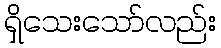
ရှိသေးသော်လည်း